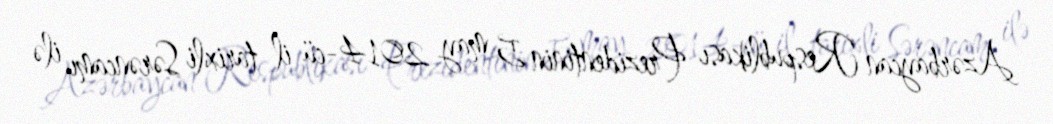
Azərbaycan Respublikası Prezidentinin 5 may 2014-cü il tarixli Sərəncamı ilə